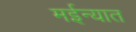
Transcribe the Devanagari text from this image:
मईन्यात